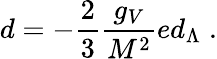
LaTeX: d=-{\frac{2}{3}}{\frac{g_{V}}{M^{2}}}ed_{\Lambda}\; .